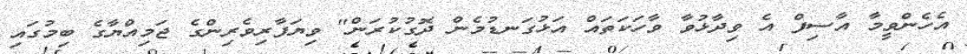
އެހެންވީމާ އާސިފް އެ ވިދާޅުވާ ވާހަކަތައް އަޅުގަނޑުމެން ދޮގުކުރަން" ވިޔަފާރިވެރިންގެ ޖަމިއްޔާގެ ބިމުގައި